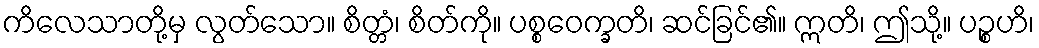
ကိလေသာတို့မှ လွတ်သော။ စိတ္တံ၊ စိတ်ကို။ ပစ္စဝေက္ခတိ၊ ဆင်ခြင်၏။ ဣတိ၊ ဤသို့။ ပဉ္စဟိ၊